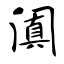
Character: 阗